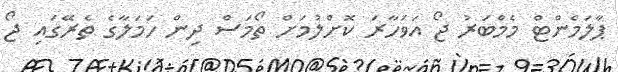
ޕާލަމެންޓް މެމްބަރު ޖޯ އަވަހާރަ ކޮށްލުމަށް ތޯމަސް ދިން ހަމަލާގެ ތެރޭގައި ޖޯ